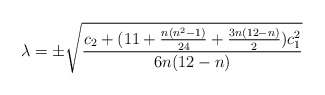
\begin{align*}\lambda=\pm\sqrt{\frac{c_{2}+(11+\frac{n(n^{2}-1)}{24}+\frac{3n(12-n)}{2})c_{1}^{2}}{6n(12-n)}}\end{align*}